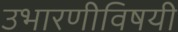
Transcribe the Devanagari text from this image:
उभारणीविषयी